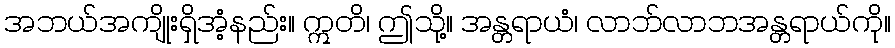
အဘယ်အကျိုးရှိအံ့နည်း။ ဣတိ၊ ဤသို့။ အန္တရာယံ၊ လာဘ်လာဘအန္တရာယ်ကို။